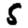
Digit: 5